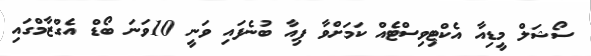
ސޯޝަލް މީޑިއާ އެކްޓިވިސްޓެއް ކަމަށްވާ ޕިއާ ބުނެފައި ވަނީ 10ވަނަ ބޯޑް އެގްޒާމްގައި